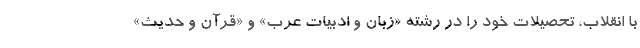
با انقلاب، تحصیلات خود را در رشته «زبان و ادبیات عرب» و «قرآن و حدیث»‌